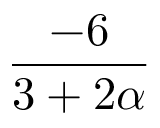
\frac { - 6 } { 3 + 2 \alpha }